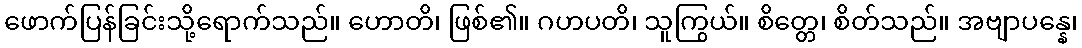
ဖောက်ပြန်ခြင်းသို့ရောက်သည်။ ဟောတိ၊ ဖြစ်၏။ ဂဟပတိ၊ သူကြွယ်။ စိတ္တေ၊ စိတ်သည်။ အဗျာပန္နေ၊